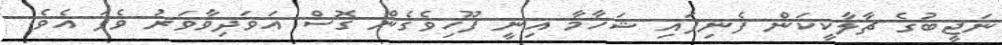
ނަޖީބުގެ ޗާލާކީކަން ފެނިފައި ޝަހާމާ އިނީ ފޫހިވެގެން ގޮސް އަވަދިވާވަރު ވެފަ އެވެ.